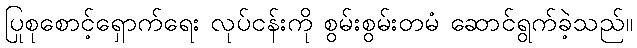
ပြုစုစောင့်ရှောက်ရေး လုပ်ငန်းကို စွမ်းစွမ်းတမံ ဆောင်ရွက်ခဲ့သည်။